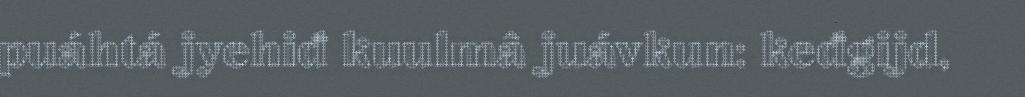
puáhtá jyehiđ kuulmâ juávkun: keđgijd,